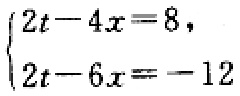
$\begin{cases}2t - 4x = 8,\\2t - 6x = - 12\end{cases}$